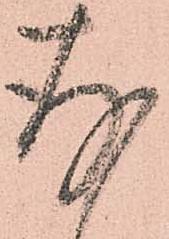
存